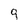
Character: 9